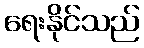
ရေးနိုင်သည်